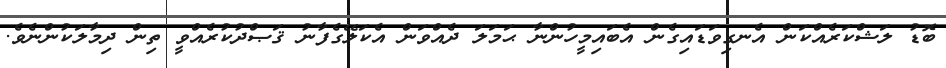
ބޮޑު ލަޝްކަރެއްކަން އެނގިވަޑައިގެން އެބައިމީހުންނާ ޙަމަލަ ދެއްވަން އެކަލޭގެފާނު ޤަޞްދުކުރެއްވީ ތިން ދިމާލަކުންނެވެ.